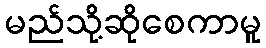
မည်သို့ဆိုစေကာမူ